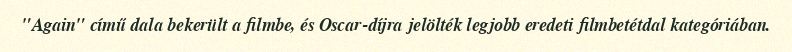
"Again" című dala bekerült a filmbe, és Oscar-díjra jelölték legjobb eredeti filmbetétdal kategóriában.